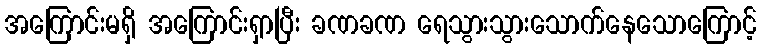
အကြောင်းမရှိ အကြောင်းရှာပြီး ခဏခဏ ရေသွားသွားသောက်နေသောကြောင့်